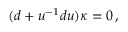
( d + u ^ { - 1 } d u ) \kappa = 0 \, ,